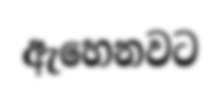
ඇහෙනවට